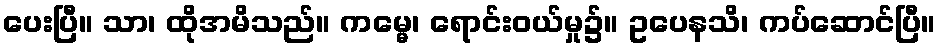
ပေးပြီ။ သာ၊ ထိုအမိသည်။ ကမ္မေ၊ ရောင်းဝယ်မှု၌။ ဥပေနသိ၊ ကပ်ဆောင်ပြီ။